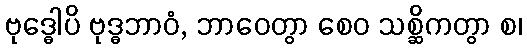
ဗုဒ္ဓေါပိ ဗုဒ္ဓဘာဝံ, ဘာဝေတွာ စေဝ သစ္ဆိကတွာ စ၊